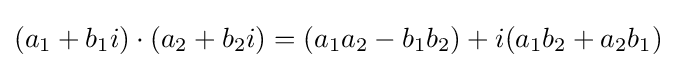
(a_{1}+b_{1}i)\cdot (a_{2}+b_{2}i)=(a_{1}a_{2}-b_{1}b_{2})+i(a_{1}b_{2}+a_{2}b_{1})